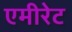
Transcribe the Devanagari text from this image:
एमीरेट